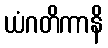
ယံဂတိကာနိ